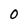
Character: 0